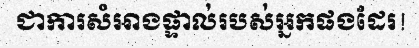
ជាការសំអាងផ្ទាល់របស់អ្នកផងដែរ!